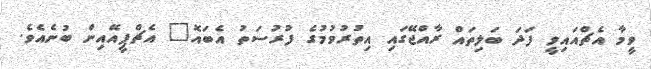
ވީމާ އެޗްއައިވީ ފަދަ ބަލިތައް ރާއްޖޭގައި އިތުރުވުމުގެ ފުރުސަތު އެބައޮ" އެޗްޕީއޭއިން ބުނެއެވެ.